Civil Veterinary Department. Madras. Admin. report 1926-33 - 1926-1933
Year: 1926
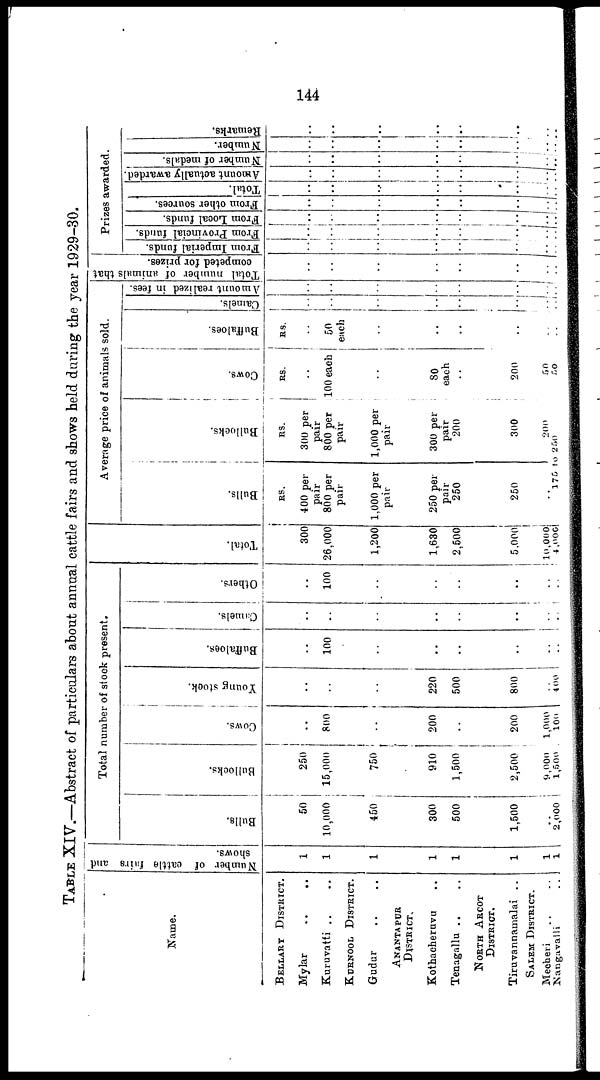
144
TABLE XIV.—Abstract of particulars about annual cattle fairs and shows held during the year 1929—30.
Name.
BELLARY DISTRICT.
Mylar
..
..
Kuruvatti .. ..
KURNOOL DISTRICT.
Gudur .. ..
ANANTAPUR
DISTRICT.
Kothacheruvu ..
Tenagallu .. ..
NORTH ARCOT
DISTRICT.
Tiruvannamalai ..
SALEM DISTRICT.
Mecheri .. ..
Nangavalli ..
Number of cattle fairs and
shows.
1
1
1
1
1
1
1
1
Total number of stock present.
Bulls.
50
10,000
450
300
500
1,500
..
2,000
Bullocks.
250
15,000
750
910
1,500
2,500
9,000
1,500
Cows.
..
800
..
200
..
200
1,000
100
Young stock.
..
..
..
220
500
800
..
4 00
Buffaloes,
..
100
..
..
..
..
..
..
Cumels.
..
..
..
..
..
..
..
Others.
..
100
..
..
..
..
..
..
Total.
300
26,000
1,200
1,630
2,500
5,000
10,000
4,000
Average price of animals sold.
Bulls.
RS.
400 per
pair
800 per
pair
1,000 per
pair
250 per
pair
250
250
..
Bullocks.
RS.
300 per
pair
800 per
pair
1,000 per
pair
300 per
pair
200
300
200
175 to 250
Cows.
RS.
..
100 each
..
80
each
..
200
50
50
Buffaloes.
RS.
..
50
each
..
..
..
..
..
..
Camels.
..
..
..
..
..
..
..
..
Amount realized in fees.
..
..
..
..
..
..
..
..
Total Number of animal
competed for prizes.
..
..
..
..
..
..
..
..
Prizes awarded.
From Imperial funds.
..
..
..
..
..
..
..
..
From Provincial funds.
..
..
..
..
..
..
..
..
From Local funds.
..
..
..
..
..
..
..
..
From other sources.
..
..
..
..
..
..
..
..
Total.
..
..
..
..
..
..
..
..
Amount actually awarded.
..
..
..
..
..
..
..
..
Number of medals.
..
..
..
..
..
..
..
..
Number.
..
..
..
..
..
..
..
..
Re ma r
ks .
..
..
..
..
..
..
..
..